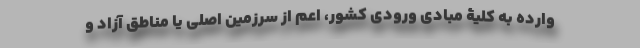
وارده به کلیۀ مبادی ورودی کشور، اعم از سرزمین اصلی یا مناطق آزاد و